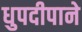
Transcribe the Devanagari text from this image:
धुपदीपाने